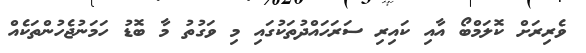
ވެރިރަށް ކޮލަމްބޯ އާއި ކައިރި ސަރަހައްދުތަކުގައި މި ވަގުތު މާ ބޮޑު ހަމަނުޖެހުންތަކެއް